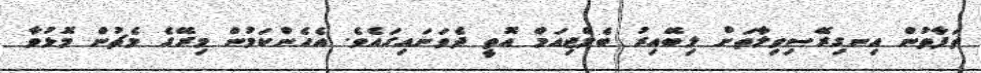
ތަފާތުން އިނގިރޭސިވިލާތަށް ލިބޭއިރު ބެލްޖިއަމް އޮތީ ދެވަނައިގައެވެ. އެހެންކަމުން މިރޭގެ މެޗުން މޮޅުވާ